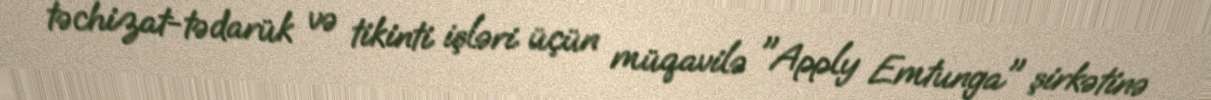
təchizat-tədarük və tikinti işləri üçün müqavilə "Apply Emtunga" şirkətinə